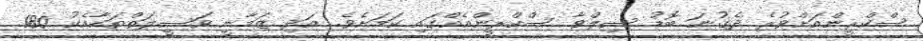
ސްކްރީންއަށްވުރެ ދެގުނަ ބޮޑު ސިލްވާ ސްކްރީންއެއްގައި ކަމަށެވެ. އަދި ޒަމާނީ ވަސީލަތްތަކާއެކު 180